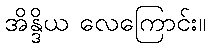
အိန္ဒိယ လေကြောင်း။